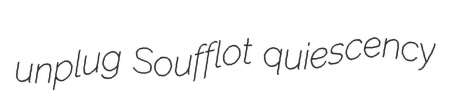
unplug Soufflot quiescency